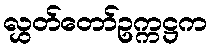
လွှတ်တော်ဥက္ကဋ္ဌက